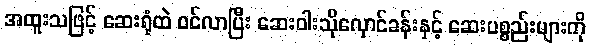
အထူးသဖြင့် ဆေးရုံထဲ ဝင်လာပြီး ဆေးဝါးသိုလှောင်ခန်းနှင့် ဆေးပစ္စည်းများကို